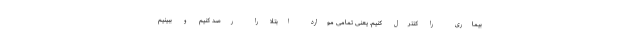
بیماری را کنترل کنیم. یعنی تمامی موارد ابتلا را رصد کنیم و ببینیم